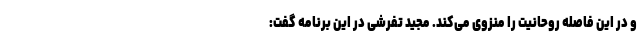
و در این فاصله روحانیت را منزوی می‌کند. مجید تفرشی در این برنامه گفت: